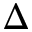
\Delta